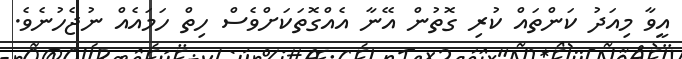
އީވާ މިއަދު ކަންތައް ކުރި ގޮތުން އޭނާ އެއްގޮތަކަށްވެސް ހިތް ހަމައެއް ނުޖެހުނެވެ.